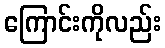
ကြောင်းကိုလည်း